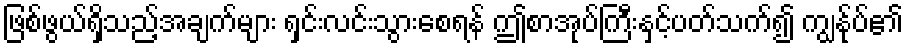
ဖြစ်ဖွယ်ရှိသည့်အချက်များ ရှင်းလင်းသွားစေရန် ဤစာအုပ်ကြီးနှင့်ပတ်သက်၍ ကျွန်ုပ်၏